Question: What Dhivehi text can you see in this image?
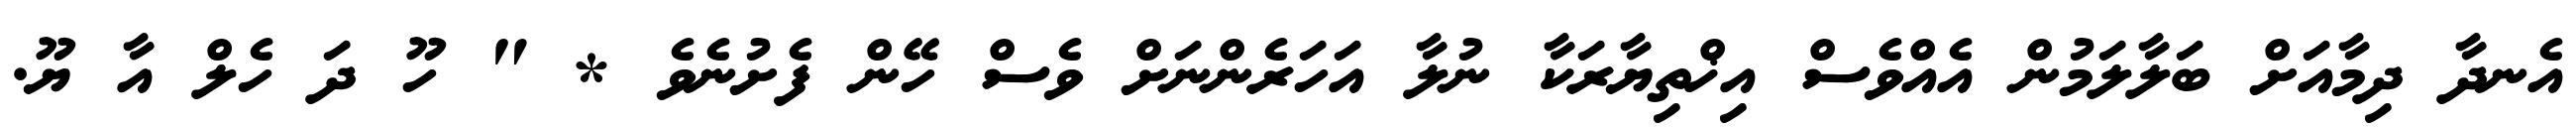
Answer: އެނދާ ދިމާއަށް ބަލާލަމުން އެއްވެސް އިޚްތިޔާރަކާ ނުލާ އަހަރެންނަށް ވެސް ހޭން ފެށުނެވެ * " ހޫ ދަ ހެލް އާ ޔޫ.